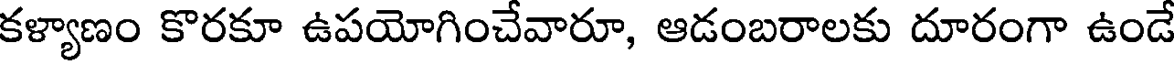
కళ్యాణం కొరకూ ఉపయోగించేవారూ, ఆడంబరాలకు దూరంగా ఉండే